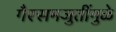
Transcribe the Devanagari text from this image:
गैरसमजुतींमुळे